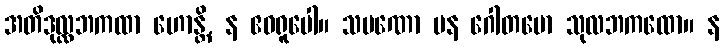
အတိဒုလ္လဘကထာ ဟောန္တိ, န ဧဝရူပေါ။ သမဏော ပန ဂေါတမော သုလဘကထော။ န